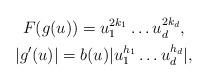
LaTeX: \begin{gather*}F(g(u))=u_1^{2k_1} \ldots u_d^{2k_d}, \\|g'(u)|=b(u)|u_1^{h_1} \ldots u_d^{h_d}|,\end{gather*}